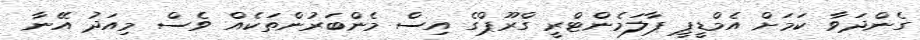
ގެންދަވާ ކަމަށް އެމްޑީޕީ ޕާލަމެންޓްރީ ގްރޫޕްގެ އިސް މެންބަރުންތަކެއް ވެސް މިއަދު އޭނާ